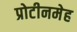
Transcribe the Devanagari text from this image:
प्रोटीनमेह